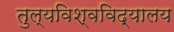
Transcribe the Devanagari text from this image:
तुल्यविश्वविद्यालय